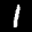
Label: 1